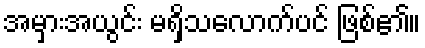
အမှားအယွင်း မရှိသလောက်ပင် ဖြစ်၏။